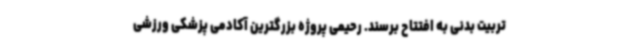
تربیت بدنی به افتتاح برسند. رحیمی پروژه بزرگترین آکادمی پزشکی ورزشی